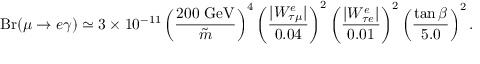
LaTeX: \mathrm { B r } ( \mu \rightarrow e \gamma ) \simeq 3 \times 1 0 ^ { - 1 1 } \left( \frac { 2 0 0 ~ \mathrm { G e V } } { \tilde { m } } \right) ^ { 4 } \left( \frac { | W _ { \tau \mu } ^ { e } | } { 0 . 0 4 } \right) ^ { 2 } \left( \frac { | W _ { \tau e } ^ { e } | } { 0 . 0 1 } \right) ^ { 2 } \left( \frac { \tan \beta } { 5 . 0 } \right) ^ { 2 } .